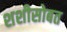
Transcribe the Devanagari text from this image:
शशीसोबत